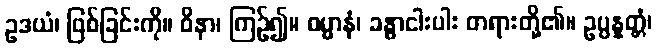
ဥဒယံ၊ ဖြစ်ခြင်းကို။ ဝိနာ၊ ကြဉ်၍။ ဓမ္မာနံ၊ ခန္ဓာငါးပါး တရားတို့၏။ ဥပ္ပန္နတ္တံ၊